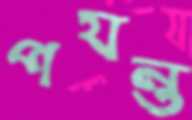
পযন্ত